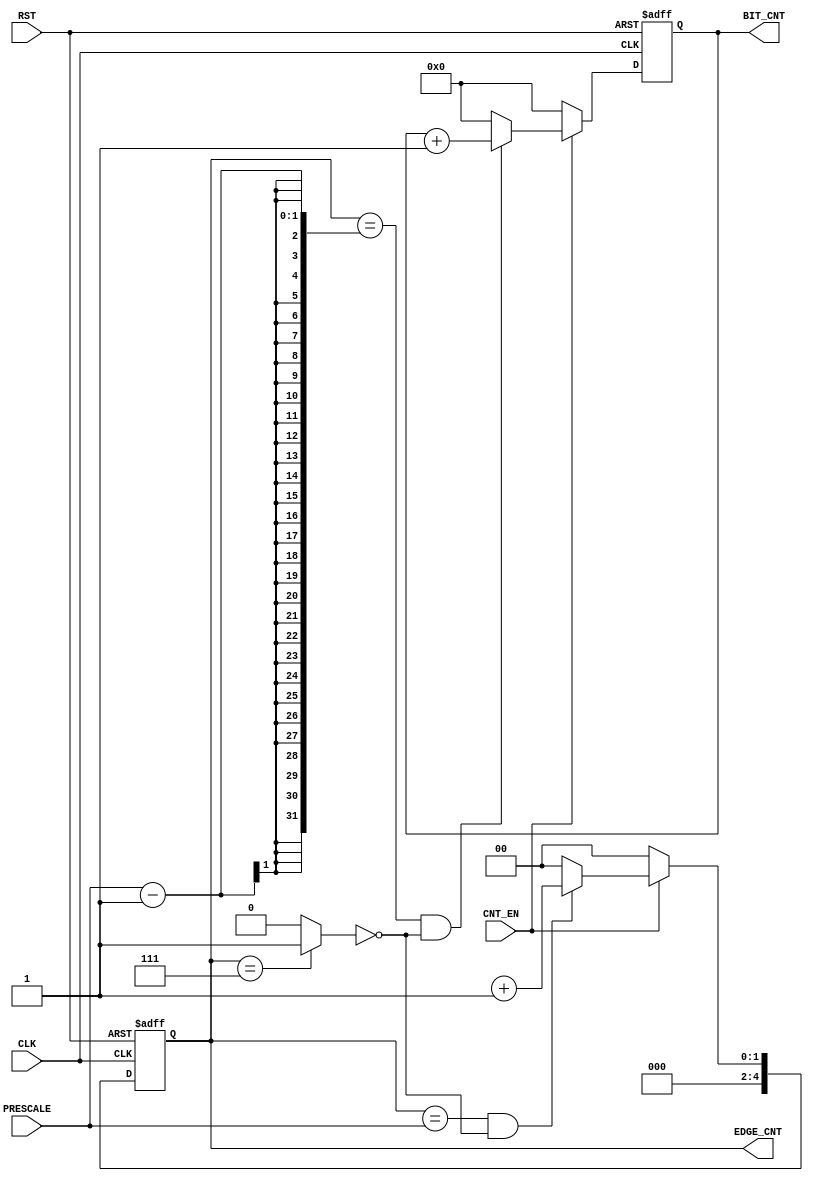
module edge_bit_counter  # 	( parameter BusWidth 	= 8 ) 
	(
			input 	wire 		CLK 		,
			input 	wire 		RST 		,
			input 	wire 		CNT_EN 		,
			input 	wire 		PRESCALE 	,
							  
			output 	reg	[4:0]	BIT_CNT 	,
			output 	reg 	[4:0]	EDGE_CNT 	
							  
	);
		
wire                           edge_count_done ;					

assign edge_count_done = (EDGE_CNT == 'b111) ? 1'b1 : 1'b0 ; 

//egde counter						
always @ (posedge CLK or negedge RST)
 begin
 	if(!RST)
		begin
			EDGE_CNT 	<= 'b0								;
		end
	else if (CNT_EN)
		begin
			if ( (EDGE_CNT == PRESCALE) && (!edge_count_done) )  
				EDGE_CNT 		<= EDGE_CNT_REG + 1 				;
			else
				EDGE_CNT 		<= 'b0 						;
		end
	else 
		EDGE_CNT 	<= 'b0 									;	
 end

//bit counter			
always @ (posedge CLK or negedge RST)
 begin
	if(!RST)
		begin
			BIT_CNT 	<= 'b0								;
		end
	else if (CNT_EN)
		begin
			if ((EDGE_CNT == PRESCALE - 1) && (!edge_count_done))  
				BIT_CNT 		<= BIT_CNT + 'b1 			;
			else
				BIT_CNT 		<= 'b0 						;
		end
	else 
		BIT_CNT 	<= 'b0 									;
 end

						
endmodule